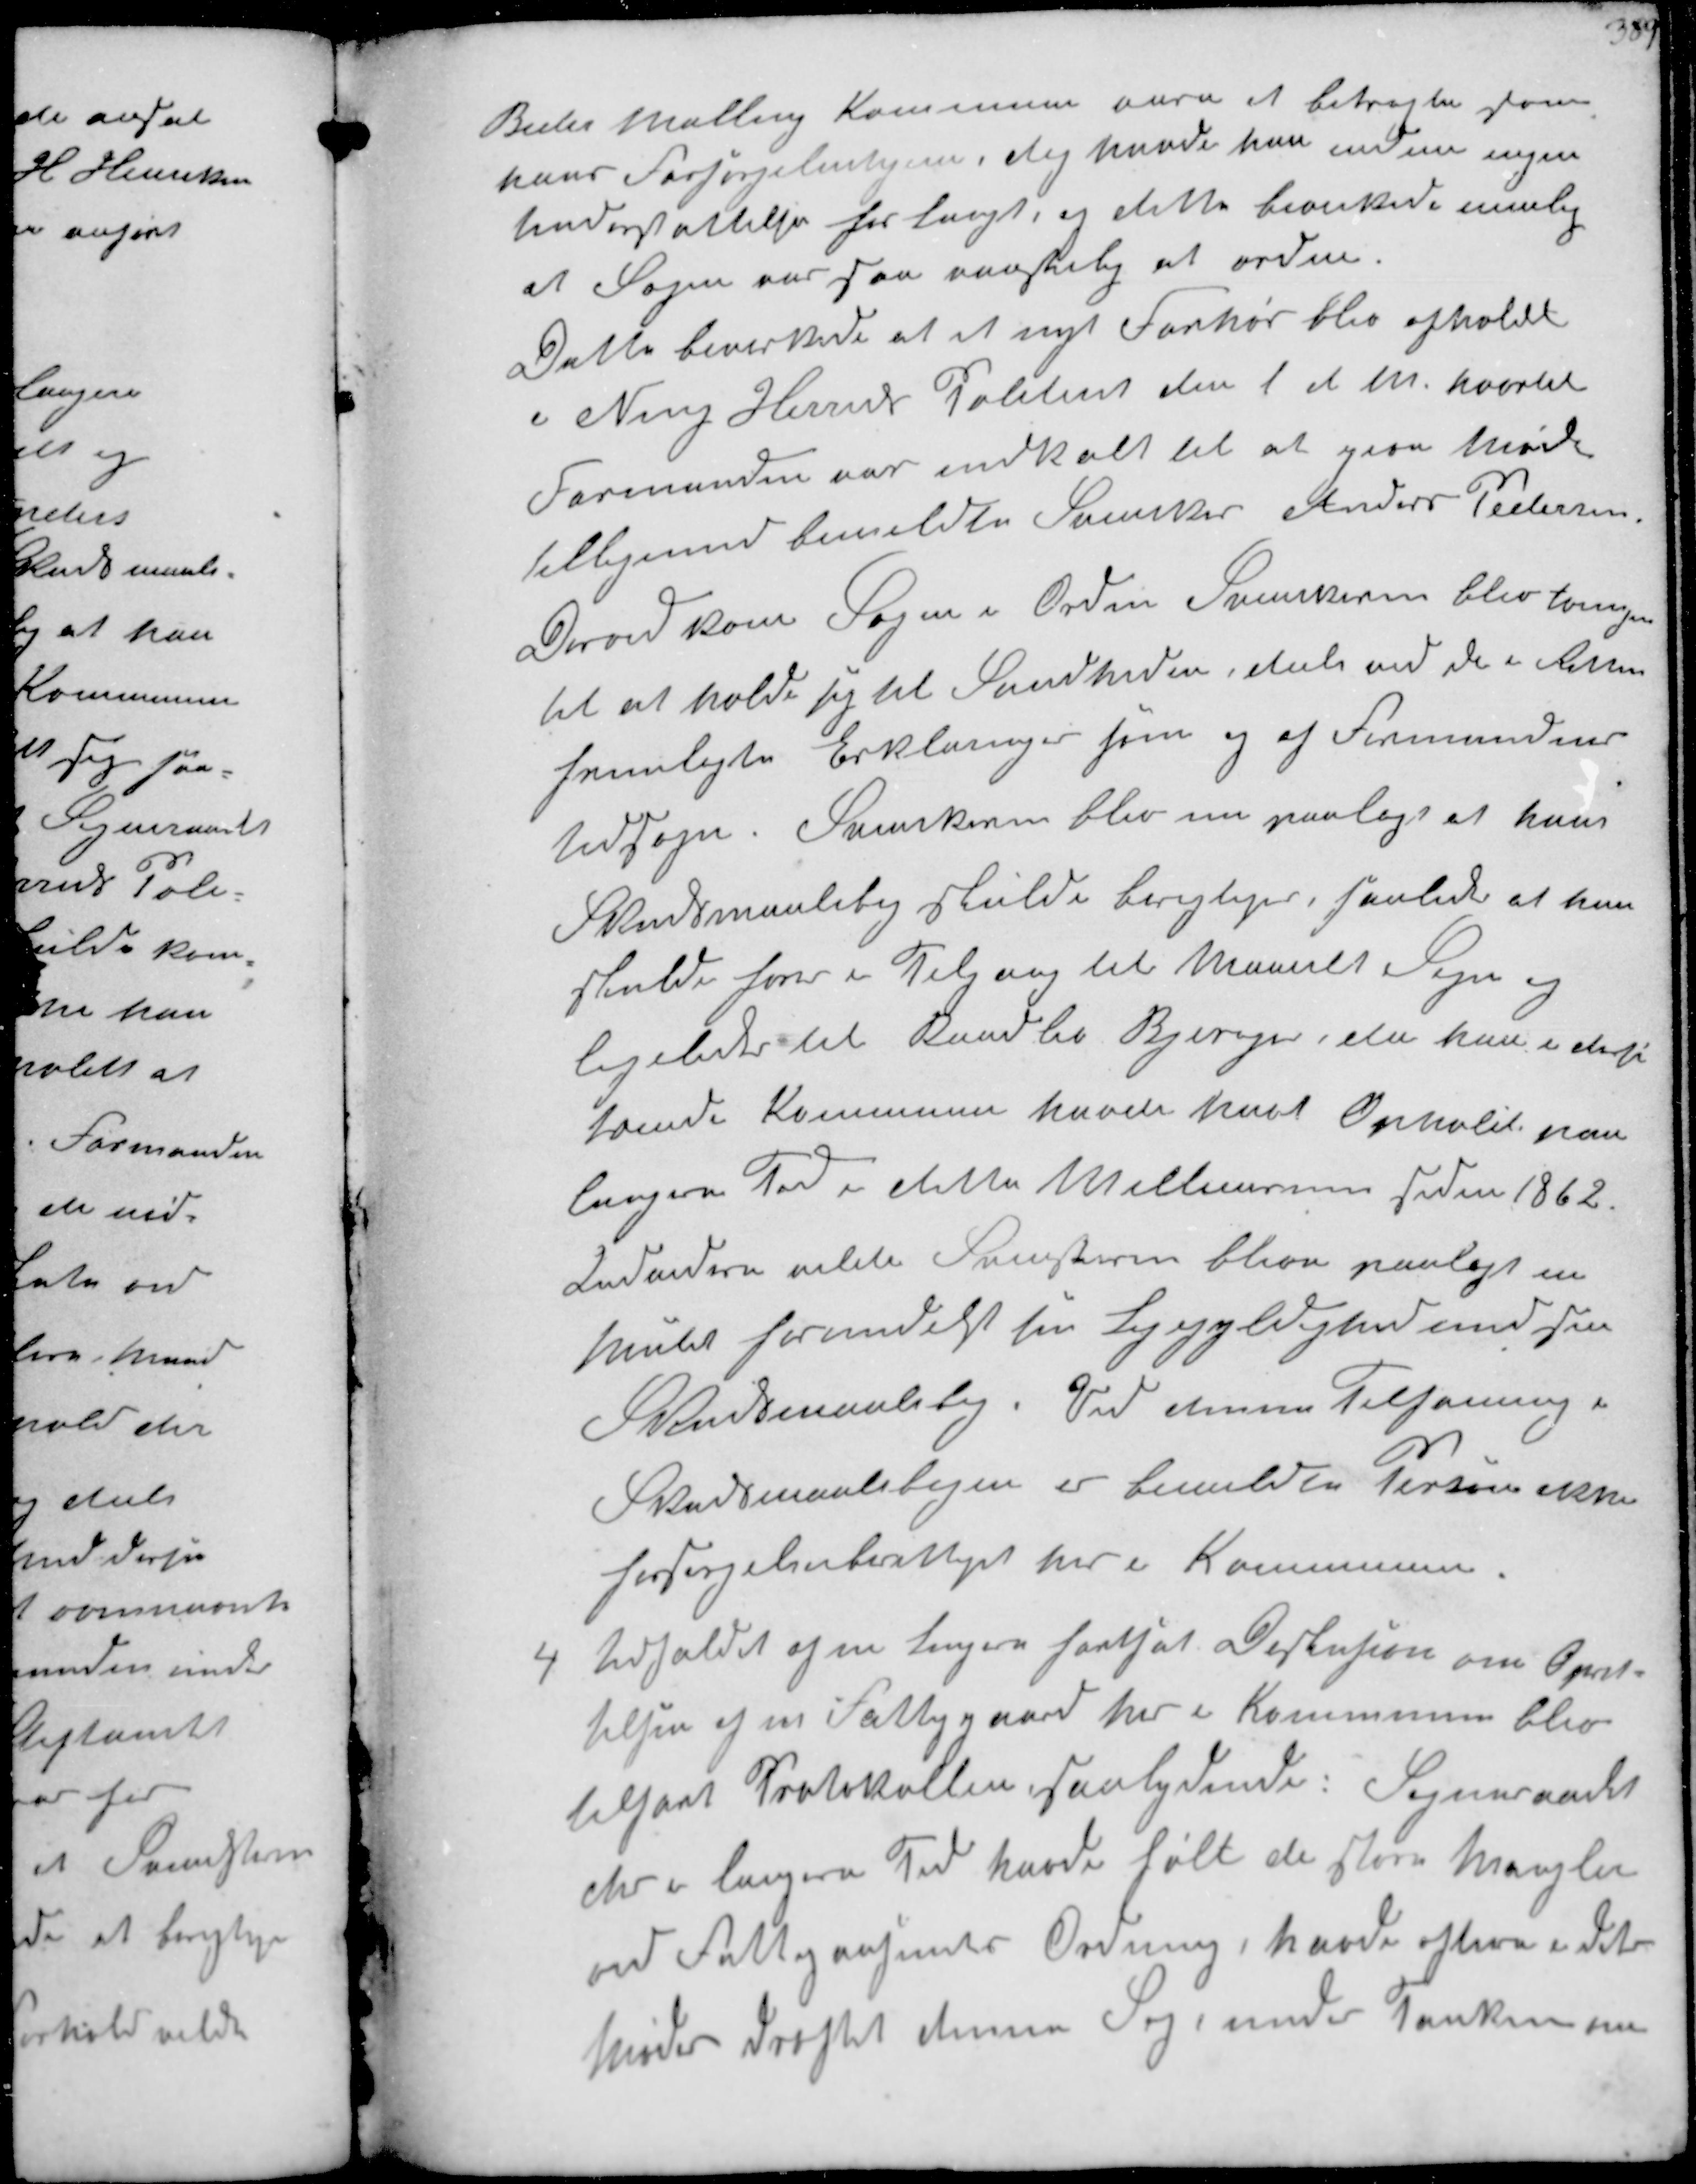
Transskription:
Beder Malling Kommune vare at betragte som
hans Forsørgelseshjem, dog havde han endnu ingen
Understøttelse forlangt, og dette bevirkede mulig
at Sagen var saa vanskelig at ordne
Dette bevirkede at et nyt Forhør blev afholdt
i Ning Herreds Politiret den 1 d. M hvortil 
Formanden var indkalt til at give Møde
tilligemed bemeldte Svensker Anders Pedersen
Derved kom Sagen i Orden Svenskeren blev tvungen
til at holde sig til Sandheden, dels ved de i Retten
fremlagte Erklæringer som og af Formandens
Udsagn. Svenskeren blev nu paalagt at hans
Skudsmaalsbog skulde berigtiges, saaledes at han
skulde have i Tilgang til Maarslet Sogn
ligeledes til Randlev Bjerager, da han i disse
tvende Kommuner havde haft Ophold paa
længere Tid i dette Mellemrum siden 1862.
Indvidere vilde Svenskeren blive paalagt en
Mulkt formedelst sin Ligegyldighed med sin
Skudsmaalsbog. Ved denne Tilføjning i
Skudsmaalsbogen er bemeldte Person ikke
forsørgelsberettiget her i Kommunen

4
Udfaldet af en længere fortsat Diskusion om Opret-
telsen af en Fattiggaard her i Kommunen blev
tilført Protokollen, saalydende: Sogneraadet
der i langere Tid havde følt de store Mangler
ved Fattigvæsenets Ordning, havde efter i dets
Møde drøftet denne Sag under Tanken om